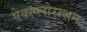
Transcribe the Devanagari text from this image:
ऐक्स्प्लोराशन